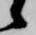
候